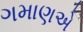
ગમાણએ